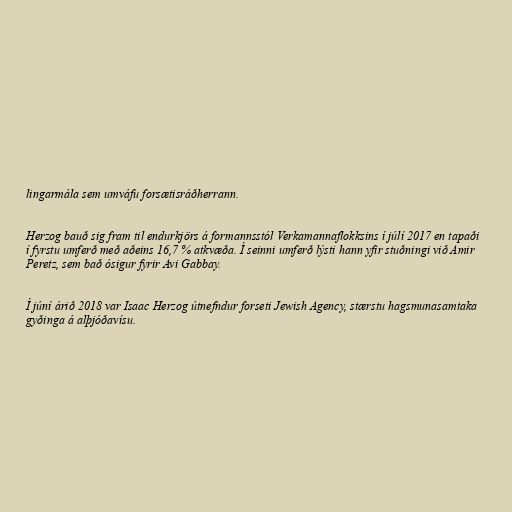
lingarmála sem umváfu forsætisráðherrann.

Herzog bauð sig fram til endurkjörs á formannsstól Verkamannaflokksins í júlí 2017 en tapaði
í fyrstu umferð með aðeins 16,7 % atkvæða. Í seinni umferð lýsti hann yfir stuðningi við Amir
Peretz, sem bað ósigur fyrir Avi Gabbay.

Í júní árið 2018 var Isaac Herzog útnefndur forseti Jewish Agency, stærstu hagsmunasamtaka
gyðinga á alþjóðavísu.